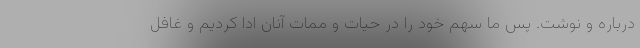
درباره و نوشت. پس ما سهم خود را در حیات و ممات آنان ادا کردیم و غافل